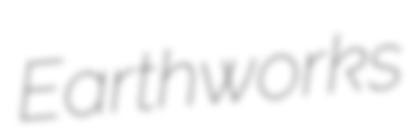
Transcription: Earthworks